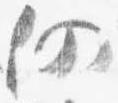
仍